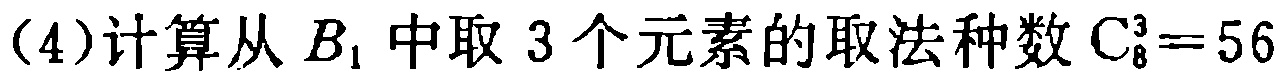
(4)计算从 \(B_{1}\) 中取 3 个元素的取法种数 \(\mathrm{C}_{8}^{3}=56\)